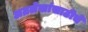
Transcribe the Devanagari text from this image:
अग्रलेखांसाठीचे